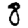
Digit: 8